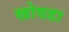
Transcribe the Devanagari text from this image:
खोवडा